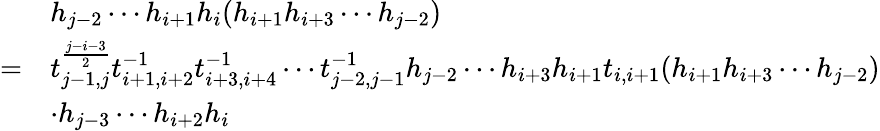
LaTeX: \begin{array}{rl}&{h_{j-2}\cdots h_{i+1}h_{i}(h_{i+1}h_{i+3}\cdots h_{j-2})}\\ {=}&{t_{j-1,j}^{\frac{j-i-3}{2}}t_{i+1,i+2}^{-1}t_{i+3,i+4}^{-1}\cdots t_{j-2,j-1}^{-1}h_{j-2}\cdots h_{i+3}h_{i+1}t_{i,i+1}(h_{i+1}h_{i+3}\cdots h_{j-2})}\\ &{\cdot h_{j-3}\cdots h_{i+2}h_{i}}\end{array}